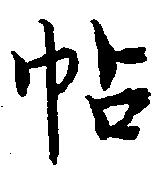
帖